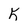
Character: 5